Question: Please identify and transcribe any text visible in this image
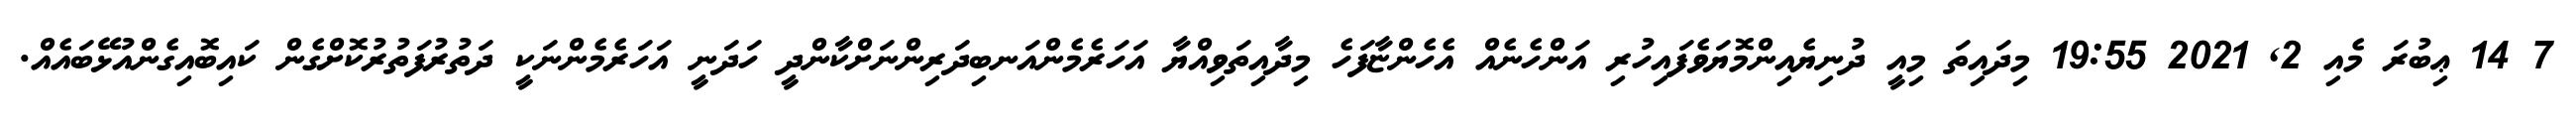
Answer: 7 14 ޢިބުރަ މެއި 2, 2021 19:55 މިދައިތަ މިއީ ދުނިޔެއިންމޮޔަވެފައިހުރި އަންހެނެއް އެހެންޏާފަހެ މިދާއިތަވިއްޔާ އަހަރެމެންއަނބިދަރިންނަށްކާންދީ ހަދަނީ އަހަރެމެންނަކީ ދަތުރުފަތުރުކޮށްގެން ކައިބޮއިގެންއުޅޭބައެއް.